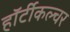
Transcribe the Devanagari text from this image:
हॉर्टीकल्चर